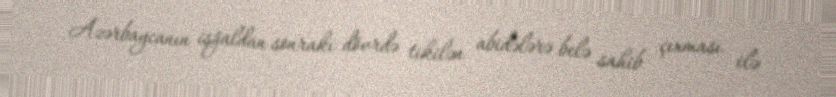
Azərbaycanın işğaldan sonrakı dövrdə tikilən abidələrə belə sahib çıxması ilə